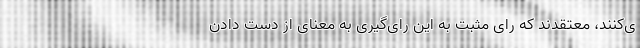
ی‌کنند، معتقدند که رای مثبت به این رای‌گیری به معنای از دست دادن